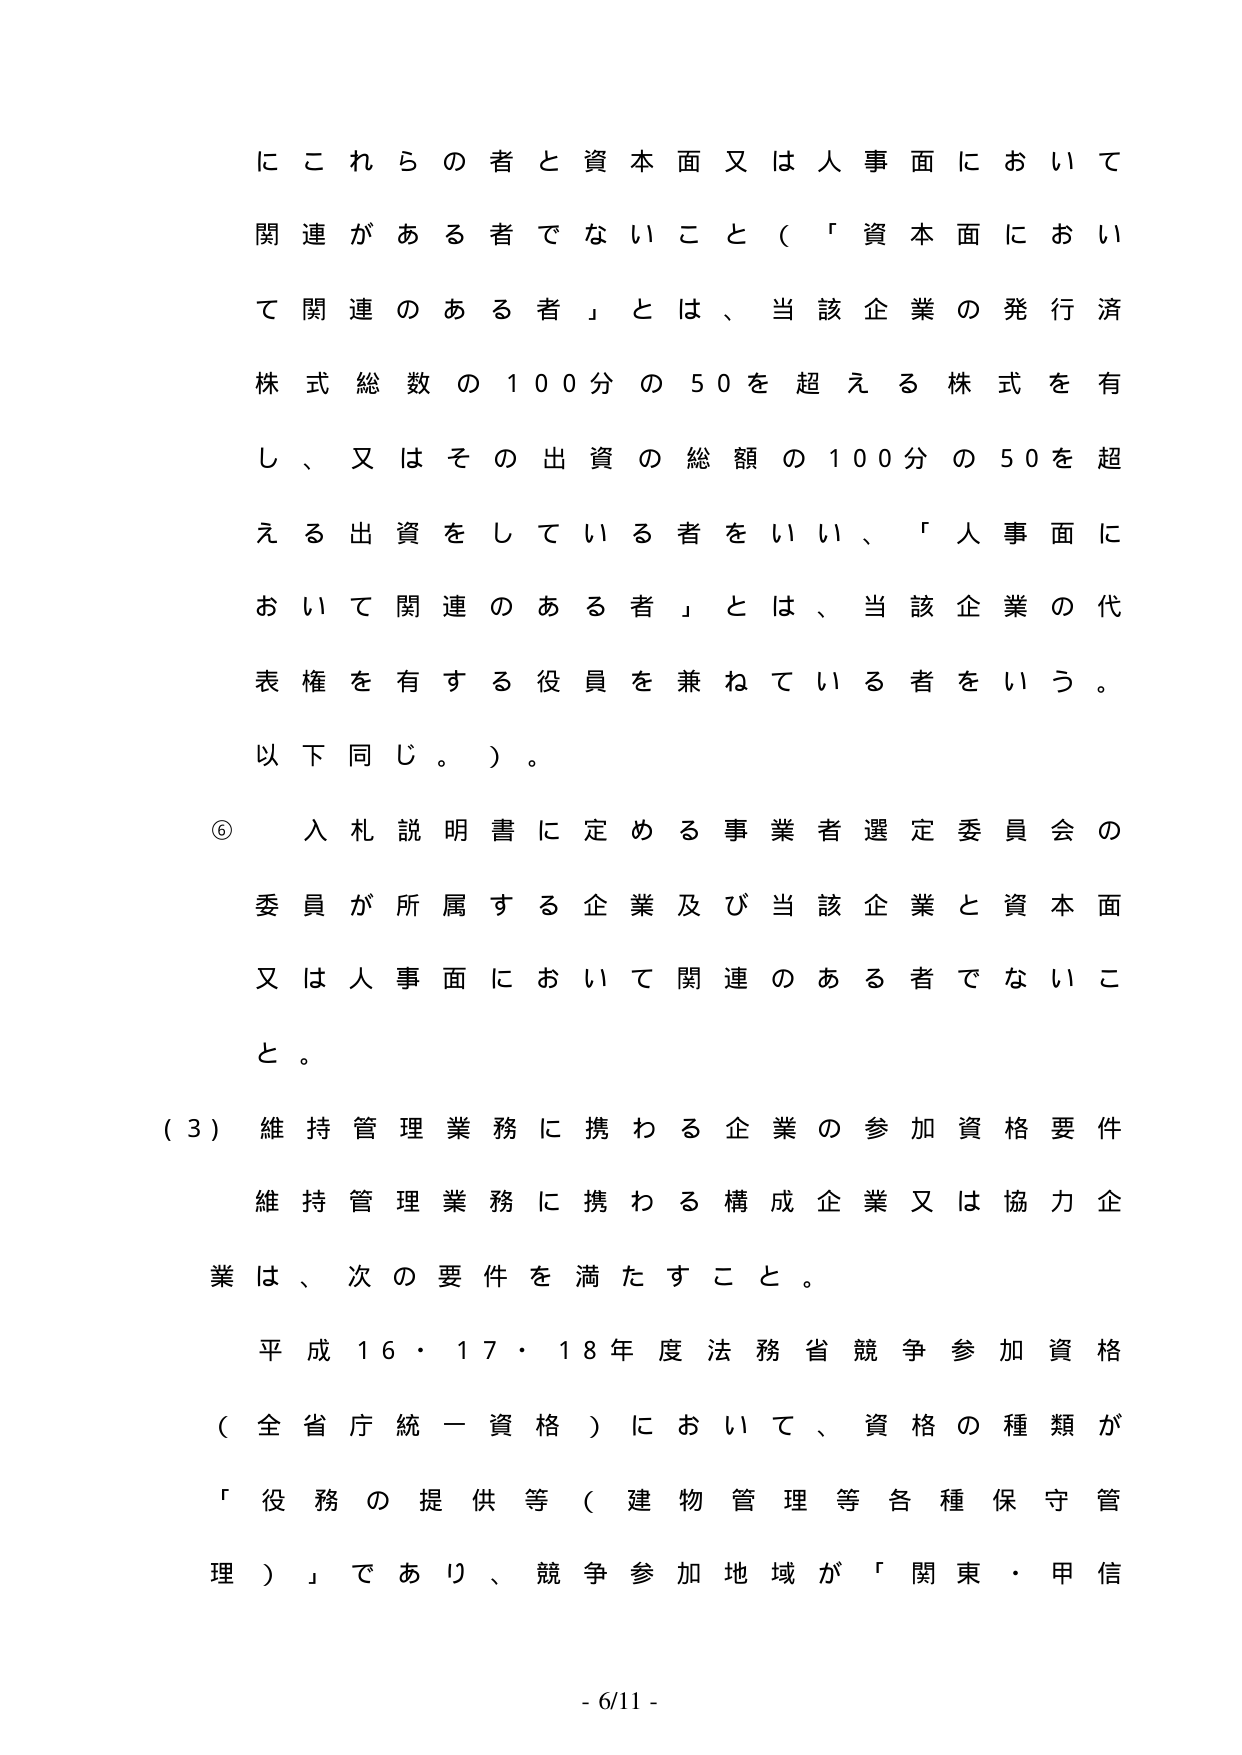
にこれらの者と資本面又は人事面において
関連がある者でないこと（「資本面において
て関連のある者」とは、当該企業の発行済
株式総数の100分の50を超える株式を有
し、又はその出資の総額の100分の50を超
える出資をしている者をいい、「人事面に
おいて関連のある者」とは、当該企業の代
表権を有する役員を兼ねている者をいう。
以下同じ。）。

⑥ 入札説明書に定める事業者選定委員会の
委員が所属する企業及び当該企業と資本面
又は人事面において関連のある者でないこと。

（3）維持管理業務に携わる企業の参加資格要件
維持管理業務に携わる構成企業又は協力企
業は、次の要件を満たすこと。
平成16・17・18年度法務省競争参加資格
（全省庁統一資格）において、資格の種類が
「役務の提供等（建物管理等各種保守管
理）」であり、競争参加地域が「関東・甲信

- 6/11 -